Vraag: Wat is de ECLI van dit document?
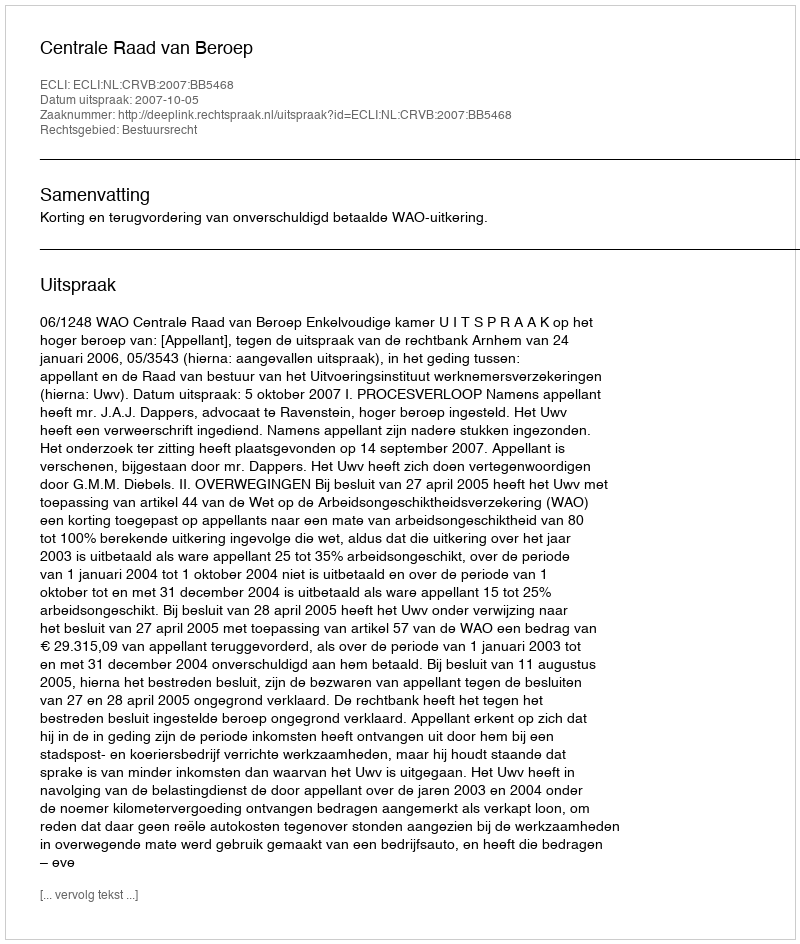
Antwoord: ECLI:NL:CRVB:2007:BB5468